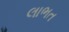
લાભત